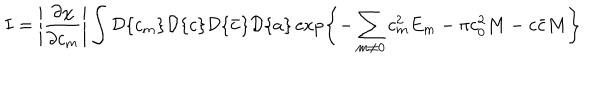
I = \left| \frac { \partial \chi } { \partial c _ { m } } \right| \int { \cal D } \{ c _ { m } \} { \cal D } \{ c \} { \cal D } \{ \bar { c } \} { \cal D } \{ a \} \exp \left\{ - \sum _ { m \neq 0 } c _ { m } ^ { 2 } E _ { m } - \pi c _ { 0 } ^ { 2 } M - c \bar { c } M \right\}